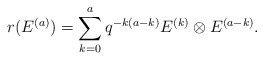
\begin{align*}r(E^{(a)})=\sum_{k=0}^a q^{-k(a-k)}E^{(k)}\otimes E^{(a-k)}.\end{align*}